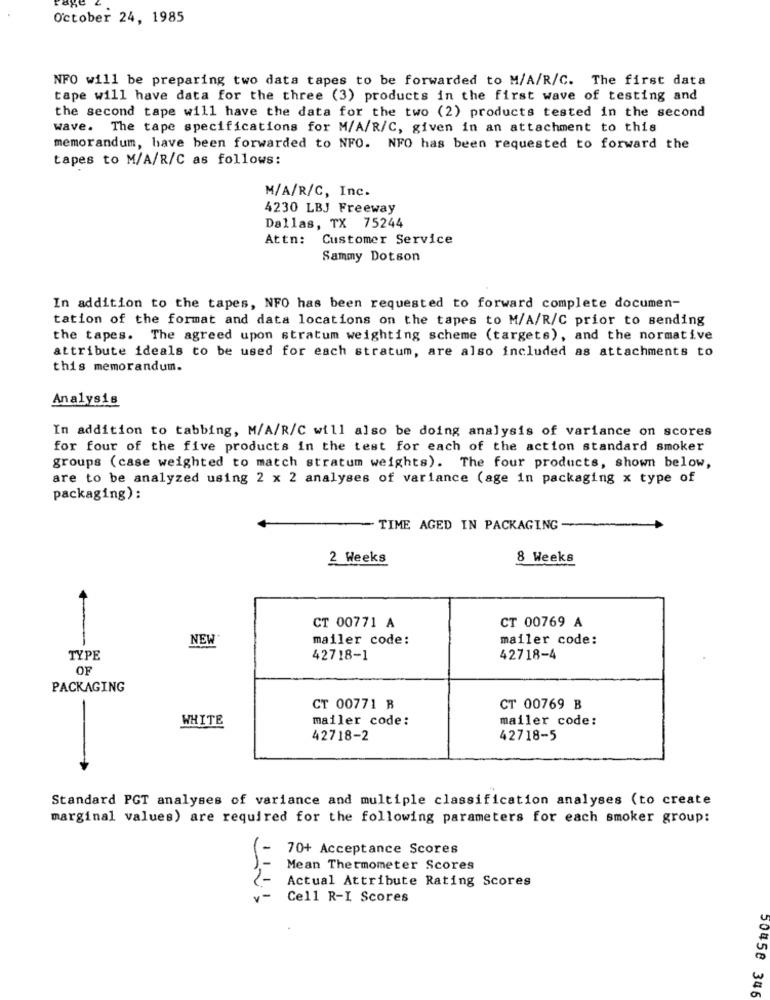
October 24, 1985
NFO will be preparing two data tapes to be forwarded to M/A/R/C. The first data
tape will have data for the three (3) products in the first wave of testing and
the second tape will have the data for the two (2) products tested in the second
wave. The tape specifications for M/A/R/C, given in an attachment to this
memorandum, have been forwarded to NFO. NFO has been requested to forward the
tapes to M/A/R/C as follows:
M/A/R/C, Inc.
4230 LBJ Freeway
Dallas, TX 75244
Attn: Customer Service
Sammy Dotson
In addition to the tapes, NFO has been requested to forward complete documen-
tation of the format and data locations on the tapes to M/A/R/C prior to sending
the tapes. The agreed upon stratum weighting scheme (targets), and the normative
attribute ideals to be used for each stratum, are also included as attachments to
this memorandum.
Analysis
In addition to tabbing, M/A/R/C will also be doing analysis of variance on scores
for four of the five products in the test for each of the action standard smoker
groups (case weighted to match stratum weights). The four products, shown below,
are to be analyzed using 2 x 2 analyses of variance (age in packaging x type of
packaging):
TIME AGED IN PACKAGING
2 Weeks
8 Weeks
CT 00771 A
CT 00769 A
-
NEW
mailer code:
mailer code:
TYPE
42718-1
42718-4
OF
PACKAGING
CT 00771 B
CT 00769 B
WHITE
mailer code:
mailer code:
42718-2
42718-5
Standard PCT analyses of variance and multiple classification analyses (to create
marginal values) are required for the following parameters for each smoker group:
70+ Acceptance Scores
Mean Thermometer Scores
Actual Attribute Rating Scores
Cell R-I Scores
50458 346